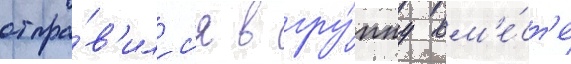
отпра́в'илс'я в гру́ппу вм'е́ст'е